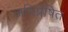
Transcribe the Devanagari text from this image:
अभिप्रेषित